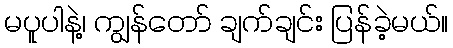
မပူပါနဲ့၊ ကျွန်တော် ချက်ချင်း ပြန်ခဲ့မယ်။